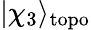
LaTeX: |\chi_{3}\rangle_{\mathrm{topo}}